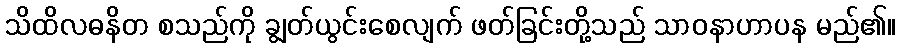
သိထိလဓနိတ စသည်ကို ချွတ်ယွင်းစေလျက် ဖတ်ခြင်းတို့သည် သာဝနာဟာပန မည်၏။